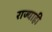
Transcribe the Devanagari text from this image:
राज्याही